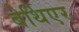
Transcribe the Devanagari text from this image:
बेर्थिएर